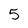
Character: 5